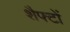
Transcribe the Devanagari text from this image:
शैफ्टों